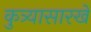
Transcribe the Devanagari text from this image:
कुत्र्यासारखे